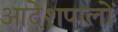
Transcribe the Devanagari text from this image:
आदेशपालों